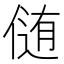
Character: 𪝘